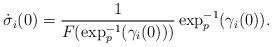
LaTeX: \begin{align*}\dot\sigma_i(0)=\frac{1}{F(\exp^{-1}_p(\gamma_i(0)) )}\exp^{-1}_p(\gamma_i(0)).\end{align*}